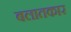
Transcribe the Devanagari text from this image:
बलातकार